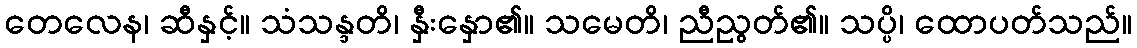
တေလေန၊ ဆီနှင့်။ သံသန္ဒတိ၊ နှီးနှော၏။ သမေတိ၊ ညီညွတ်၏။ သပ္ပိ၊ ထောပတ်သည်။